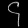
Digit: ၄